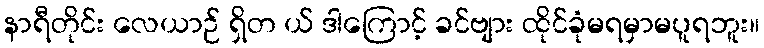
နာရီတိုင်း လေယာဉ် ရှိတ ယ် ဒါကြောင့် ခင်ဗျား ထိုင်ခုံမရမှာမပူရဘူး။